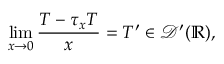
\operatorname* { l i m } _ { x \to 0 } { \frac { T - \tau _ { x } T } { x } } = T ^ { \prime } \in { \mathcal { D } } ^ { \prime } ( \mathbb { R } ) ,